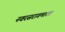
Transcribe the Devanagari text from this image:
नवरसरागमाला